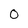
Character: 0